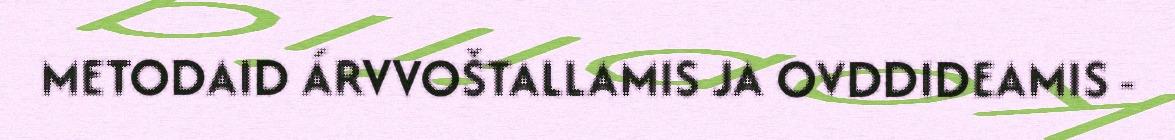
METODAID ÁRVVOŠTALLAMIS JA OVDDIDEAMIS -